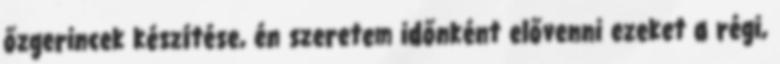
őzgerincek készítése, én szeretem időnként elővenni ezeket a régi,